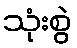
သုံးစွဲ